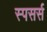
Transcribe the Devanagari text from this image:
स्पसर्स